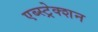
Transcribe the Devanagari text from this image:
एब्स्ट्रेक्शन